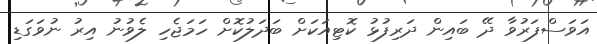
އަވަސްފަރުވާ ދޭ ބައިން ދަރިފުޅު ކޮޓިއަކަށް ބަދަލުކޮށް ހަމަޖެހި ލެވުނު އިރު ނުވަގަޑި